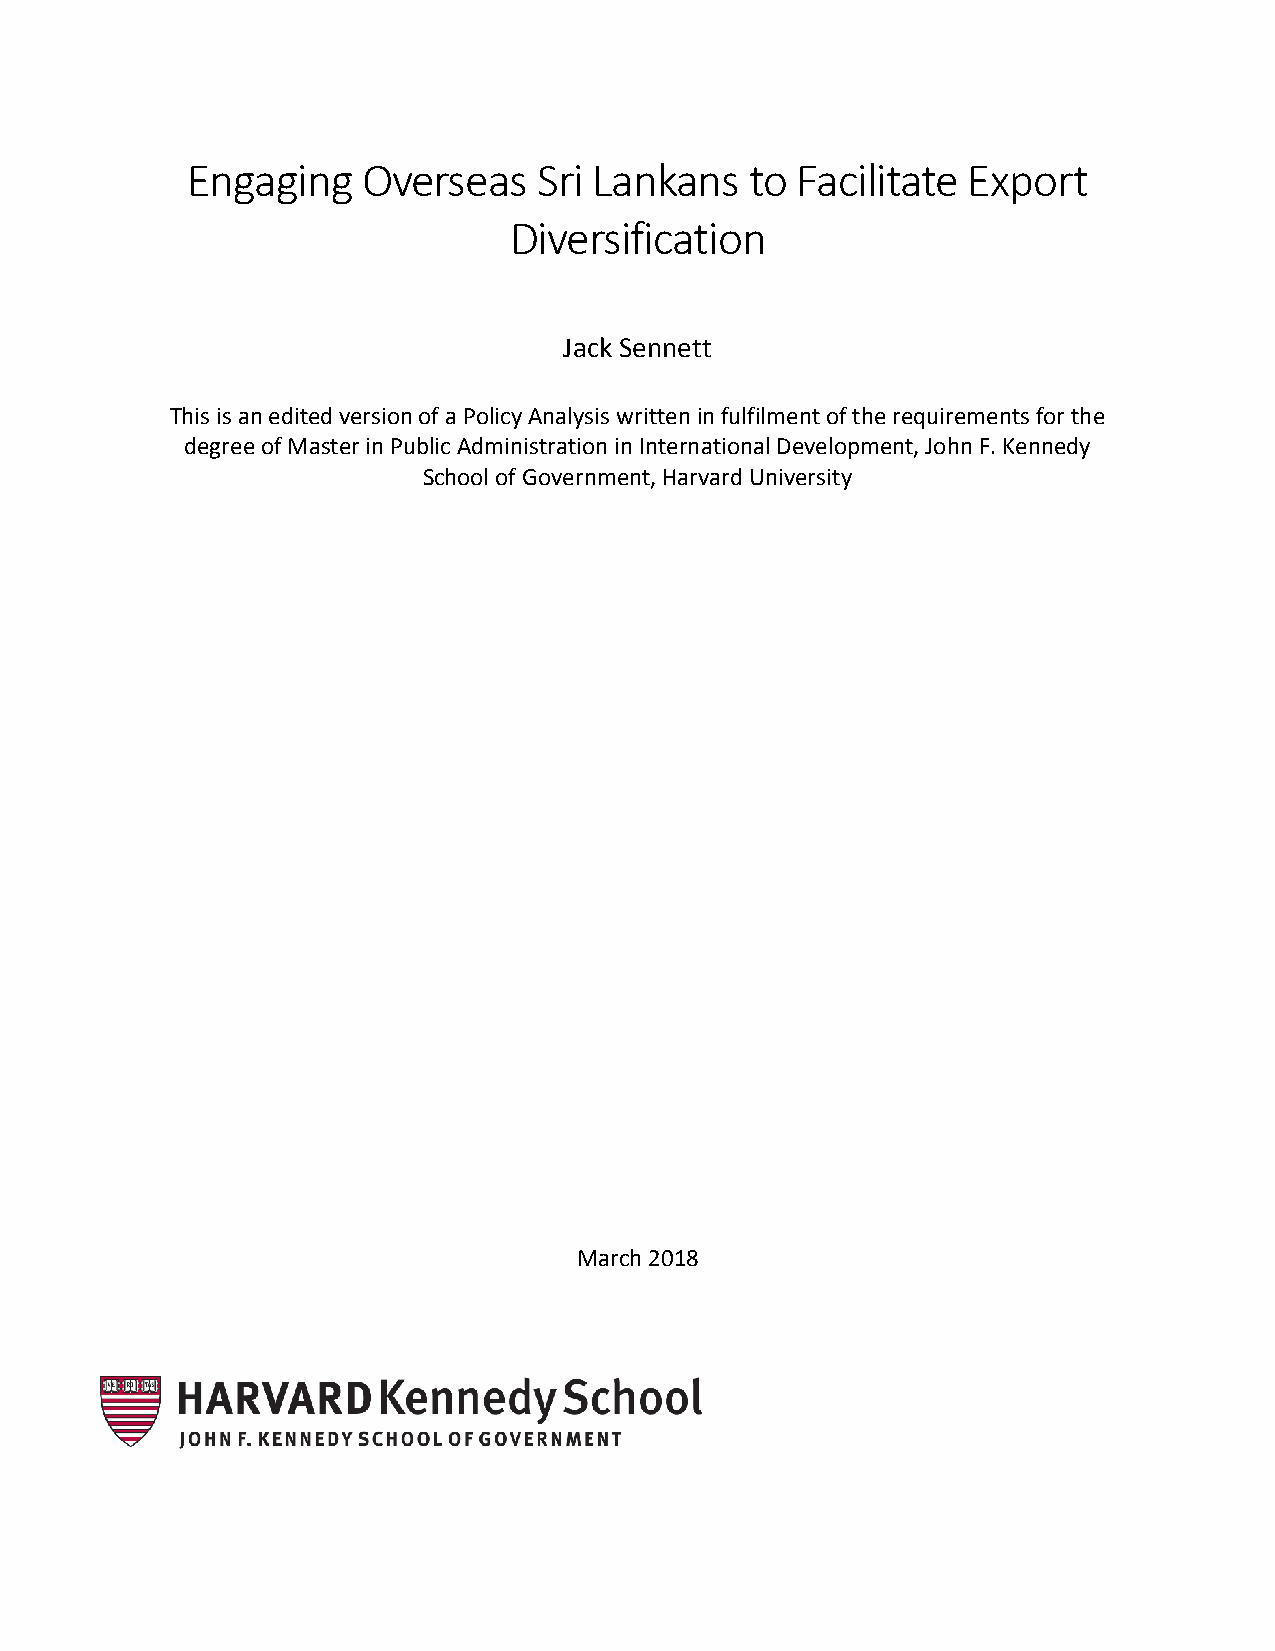
Engaging    Overseas    Sri Lankans   to Facilitate Export
 Diversification
 Jack Sennett
 This is an edited version of a Policy Analysis written in fulfilment of the requirements for the
 degree of Master in Public Administration in International Development, John F. Kennedy
 School of Government, Harvard University
 March 2018